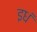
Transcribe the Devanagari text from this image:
इधं